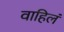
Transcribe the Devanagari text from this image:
वाहिलं